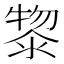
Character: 𭱮